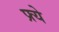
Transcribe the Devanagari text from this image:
फ्र्ये